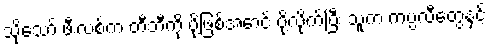
သို့သော် ဖီးလစ်က တီဘီကို ပို့ဖြစ်အောင် ပို့လိုက်ပြီး သူက ကပ္ပလီတွေနှင့်